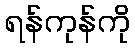
ရန်ကုန်ကို